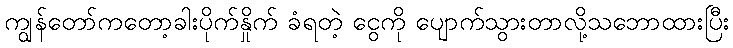
ကျွန်တော်ကတော့ခါးပိုက်နှိုက် ခံရတဲ့ ငွေကို ပျောက်သွားတာလို့သဘောထားပြီး